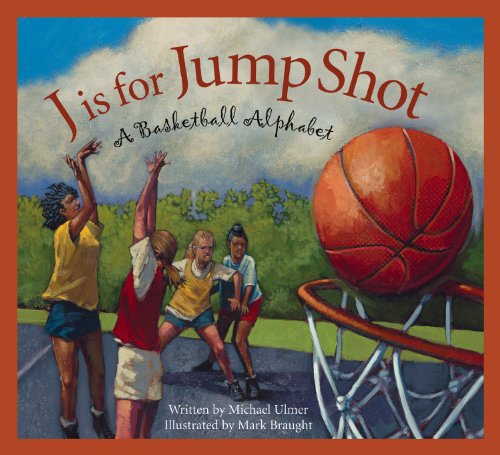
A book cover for J is for Jump Shot: A Basketball Alphabet (Sports Alphabet); Michael Ulmer; Children's Books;